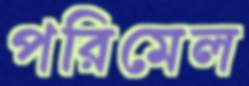
পরিমেল